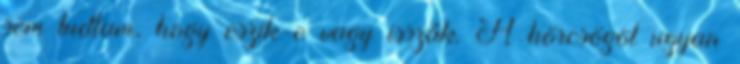
sem tudtam, hogy eszik-e vagy isszák. A hörcsögöt ugyan